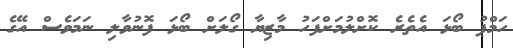
ހަމްޕު ބޯޅަ އެތެރެ ކޮށްލުމަށްފަހު މާޒިޔާ ގޯލަށް ބޯޅަ ފޮނުވާލި ނަމަވެސް އޭގެ